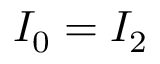
I _ { 0 } = I _ { 2 }